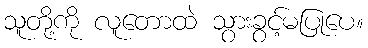
သူတို့ကို လူတောထဲ သွားခွင့်မပြုပေ။